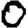
Digit: 0